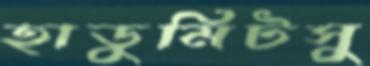
হাডুমিটসু